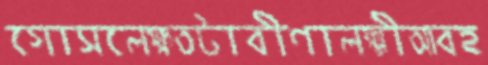
গোসলেক্ষতটাবীণালক্ষ্মীআবহ